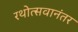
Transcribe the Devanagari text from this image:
रथोत्सवानंतर